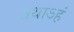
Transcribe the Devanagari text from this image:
तथाऽहं